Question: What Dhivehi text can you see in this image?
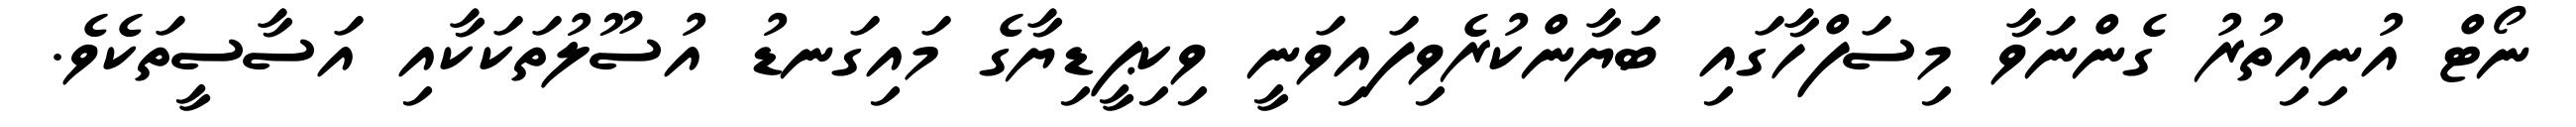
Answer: ނޯޓް އުނިއިތުރު ގެންނަވާ މިސަފްހާގައި ބަޔާންކުރެވިފައިވަނީ ވިކިޕީޑިޔާގެ މައިގަނޑު އުސޫލުތަކަކާއި އަސާސީތަކެވެ.